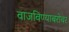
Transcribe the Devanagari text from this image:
वाजविण्याबरोबर